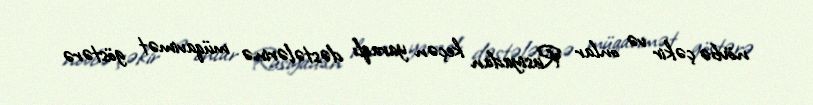
növbə çəkir və onlar Rusiyadan keçən yaraqlı dəstələrinə müqavimət göstərə